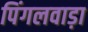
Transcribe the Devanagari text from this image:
पिंगलवाड़ा